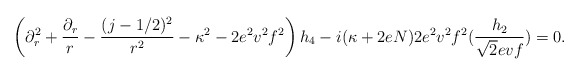
\begin{align*}\left(\partial_r^2 +{\partial_r\over r}-{(j-1/2)^2\over r^2}-\kappa^2 -2e^2v^2f^2\right) h_4-i(\kappa+2eN)2e^2v^2f^2({h_2\over \sqrt{2}evf}) =0. \end{align*}